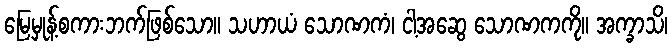
မြေမှုန့်စကားဘက်ဖြစ်သော။ သဟာယံ သောဏကံ၊ ငါ့အဆွေ သောဏကကို။ အက္ခာသိ၊